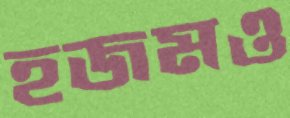
হজমও